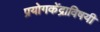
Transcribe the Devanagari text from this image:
प्रयोगकेंद्राविषयी